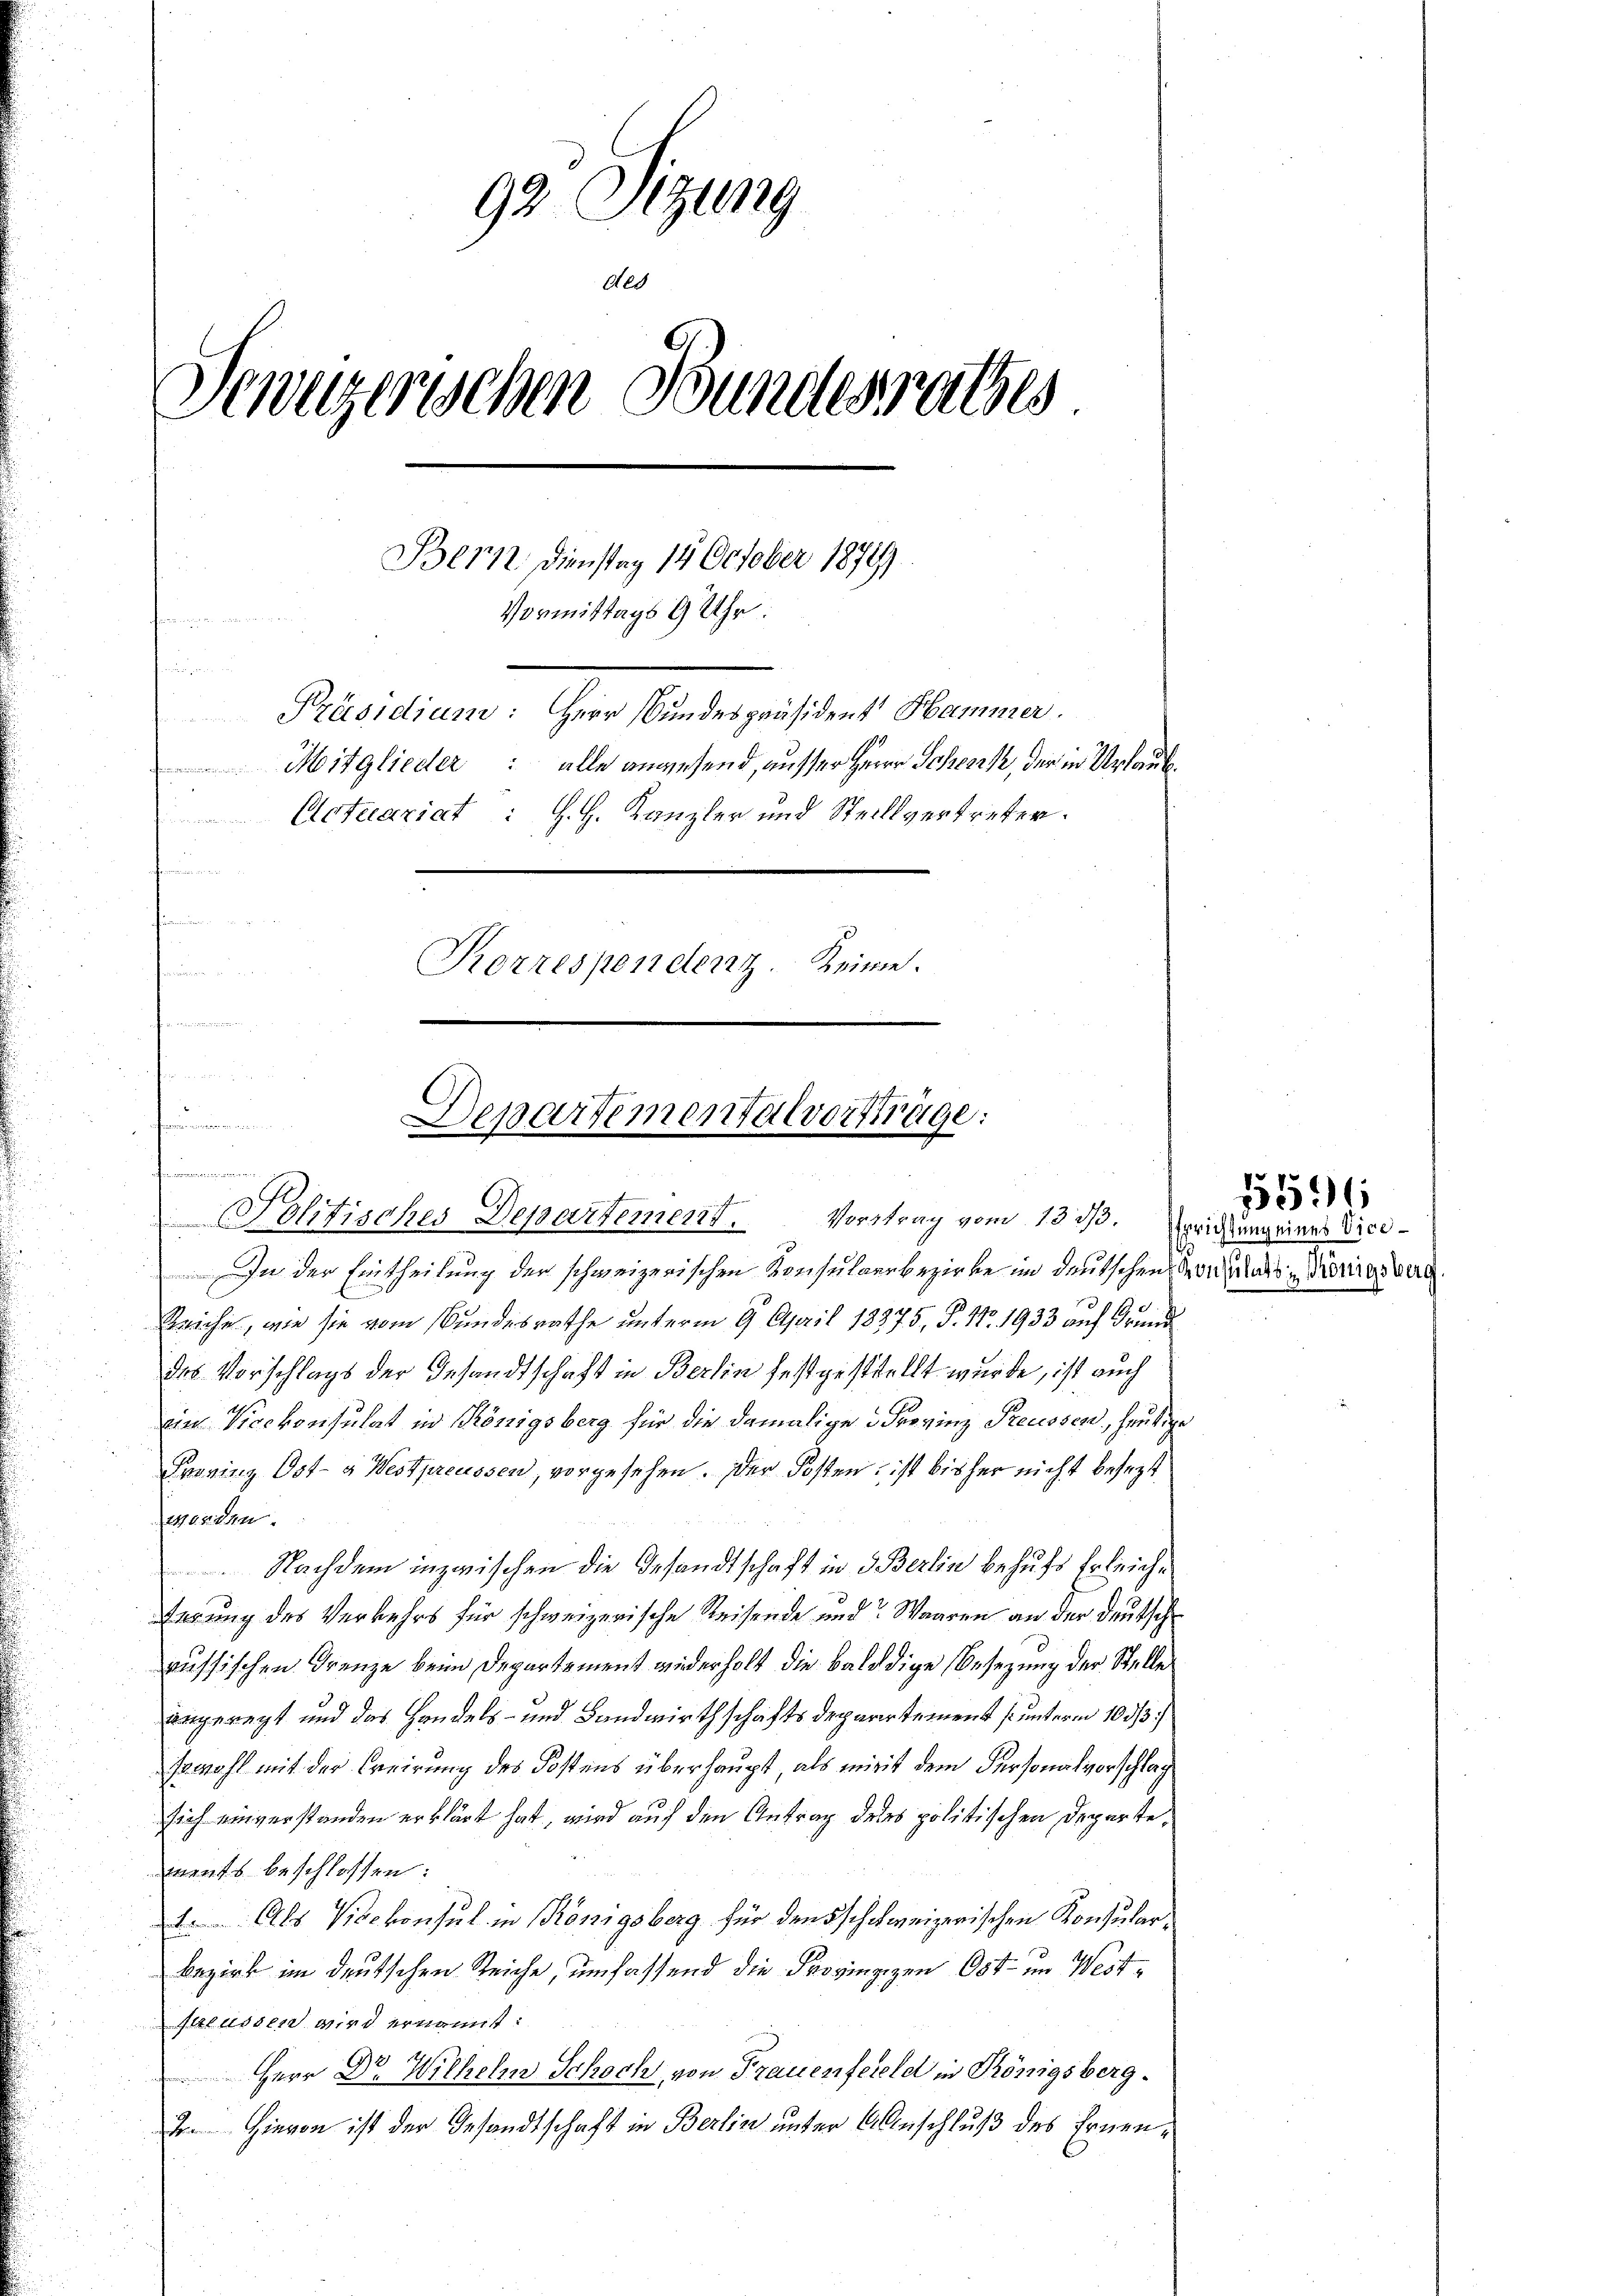
92 Sitzung
Aed
Sewüzerschen Bundesrathes
Bern Dienstag 14 October 18729.
Vormittags 9 Uhr.
u
Präsidium. Herr Bundespräsident Hamma
Mitglieder: alle anwesend, ausser Herrn Schenk, der in Urlaub¬
Actuariat : H. H. Kanzler und Stellvertreter.

Korrespendenz Keime.
u

Departementalvorträge:
n
trumen
Politisches Departement. Vortrag vom 13. dβ. Errichtung eines Vice¬

In der Eintheilung der schweizerischen Konsulverbezirke in deutschen Monats Königsbere
Reiche, wie sie vom Bundesrathe unterm 9. April 18875, P. Nr. 1933 auf Grund
des Vorschlags der Gesandtschaft in Berlin festgestellt wurde, ist auch
ein Vicekonsulat in Königsberg für die damalige & Frevinz Preussen, heutige
Provinz Ost- & Westpreussen, vorgesehen. Der Posten, ist bisher nicht besezt
worden.
Nachdem inzwischen die Gesandtschaft in Berlin behufs Erleichterung des Verkehrs für schweizerische Reisende und Waaren an der Deutsche
cussischen Grenze beim Departement wiederholt die baldige Besetzung der Stelle
angeregt und das Handels- und Landwirthschaftsdeparirtement (unterm 10 3/3/
Ermahl mit der Creirung des Kostens überhaupt, als mit dem Personalvorschlag
sich einverstanden erklärt hat, wird auf den Antrag des politischen Departements beschlossen:
1. Als Vicekonsul in Königsberg für den schweizerischen Konsular¬
Bezirk im deutschen Reiche, umfassend die Provinzigen Ost- im West¬
Preussen wird ernannt:
Herr Dr. Wilhelm Schoch, von Frauenfeield in Königsberg.
2. Hievon ist der Gesandtschaft in Berlin unter A. Anschluß des Ernen¬

55596